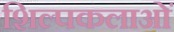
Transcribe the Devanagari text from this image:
शिल्पकलाओं